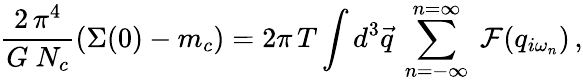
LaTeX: \frac{2\, \pi^{4}}{G\ N_{c}}\left(\Sigma(0)-m_{c}\right)=2\pi\, T\int d^{3}\vec{q}\ \sum_{n=-\infty}^{n=\infty}\ {\cal F}(q_{i\omega_{n}})\, ,